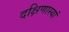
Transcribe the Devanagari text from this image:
दक्षिणास्यां